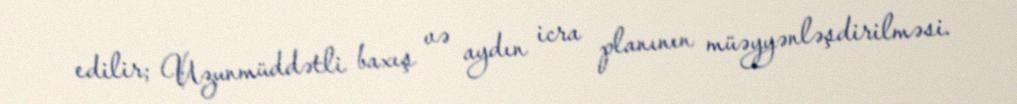
edilir; Uzunmüddətli baxış və aydın icra planının müəyyənləşdirilməsi.